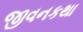
જીવનકથા